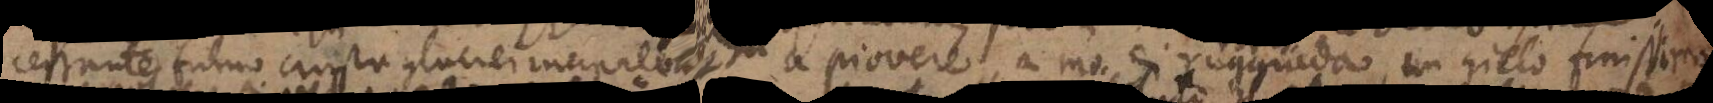
cessante fumo crusta glaciei incipiebat a piovere a mo’ di ruggiada, un gielo finissimo,